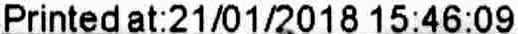
PRINTED AT:21/01/2018 15:46:09